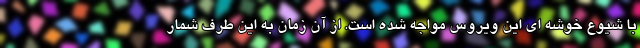
با شیوع خوشه ای این ویروس مواجه شده است. از آن زمان به این طرف شمار